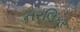
નરલિકર